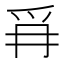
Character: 𭶪